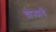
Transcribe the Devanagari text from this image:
चाऱ्याचे